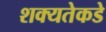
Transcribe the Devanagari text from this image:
शक्यतेकडे